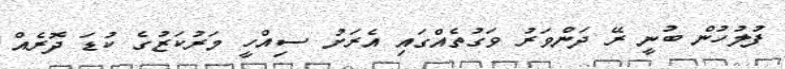
ފުލުހުން ބުނީ ރޭ ދަންވަރު ވަގުތެއްގައި އެރަށު ސިއްހީ މަރުކަޒުގެ ކުޑަ ދޮރެއް